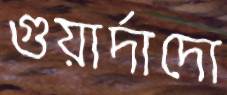
গুয়ার্দাদো